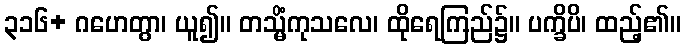
၃၁၆+ ဂဟေတွာ၊ ယူ၍။ တသ္မိံကုသလေ၊ ထိုရေကြည်၌။ ပက္ခိပိ၊ ထည့်၏။